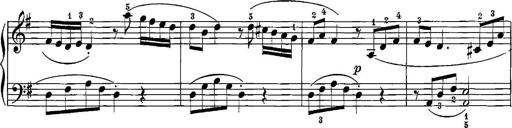
Title: 12 Sonatinas
Composer: Ignaz Pleyel